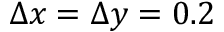
\Delta x = \Delta y = 0 . 2